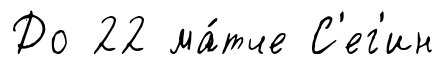
До 22 ма́тче С'ег'ин